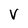
Character: V